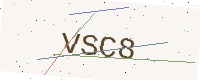
Text: VSC8